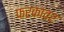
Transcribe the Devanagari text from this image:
फरकावर